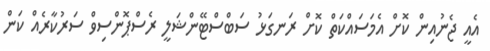
އެއީ ޖެނުއިން ކޮށް އެމަސައްކަތް ކޮށް ރަނގަޅު ސަބްސްޓޭންޝަލީ ރެސްޕޮންސިވް ސަރުކާރެއް ކަން